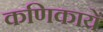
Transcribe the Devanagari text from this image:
कणिकायें